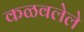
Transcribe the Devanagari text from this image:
कळवलेले